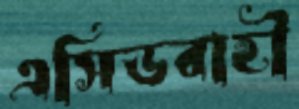
এসিডবাহী